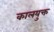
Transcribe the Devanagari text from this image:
कालयुक्त